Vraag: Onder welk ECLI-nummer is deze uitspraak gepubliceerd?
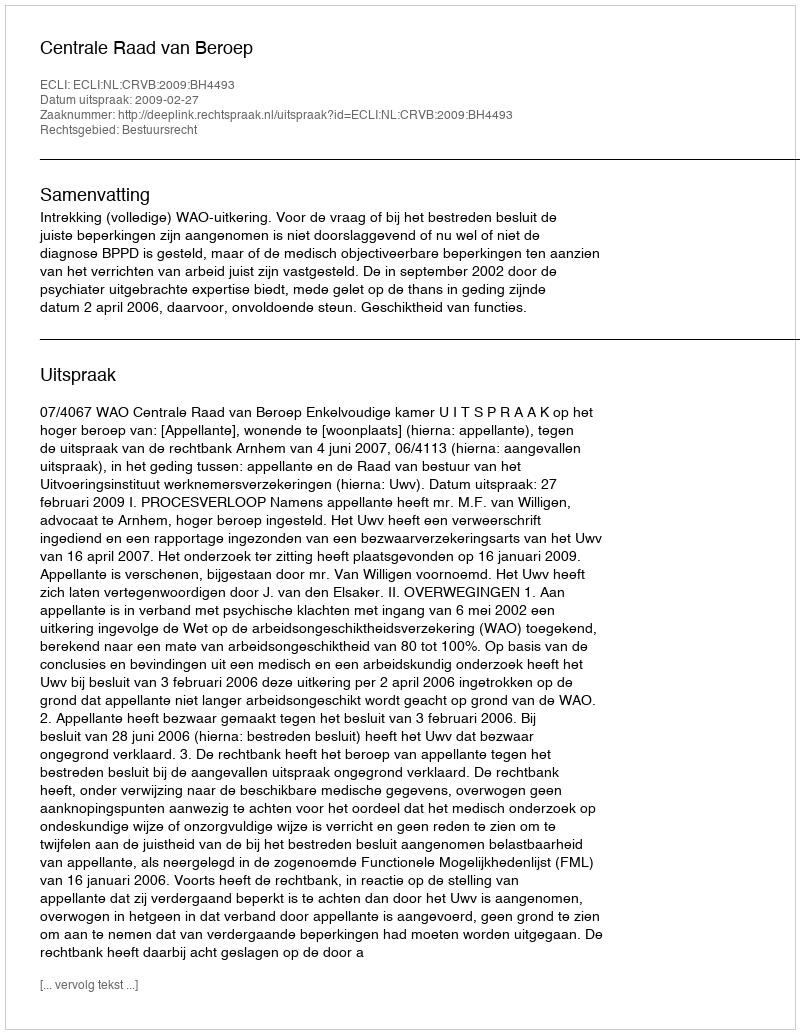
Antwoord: ECLI:NL:CRVB:2009:BH4493